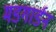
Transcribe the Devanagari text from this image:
मडगार्डन